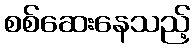
စစ်ဆေးနေသည့်